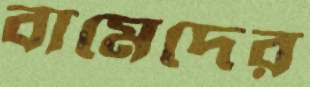
বামেদের